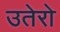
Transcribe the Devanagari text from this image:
उतेरो